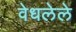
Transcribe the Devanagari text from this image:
वेधलेले